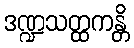
ဒဏ္ဍသတ္ထကန္တိ